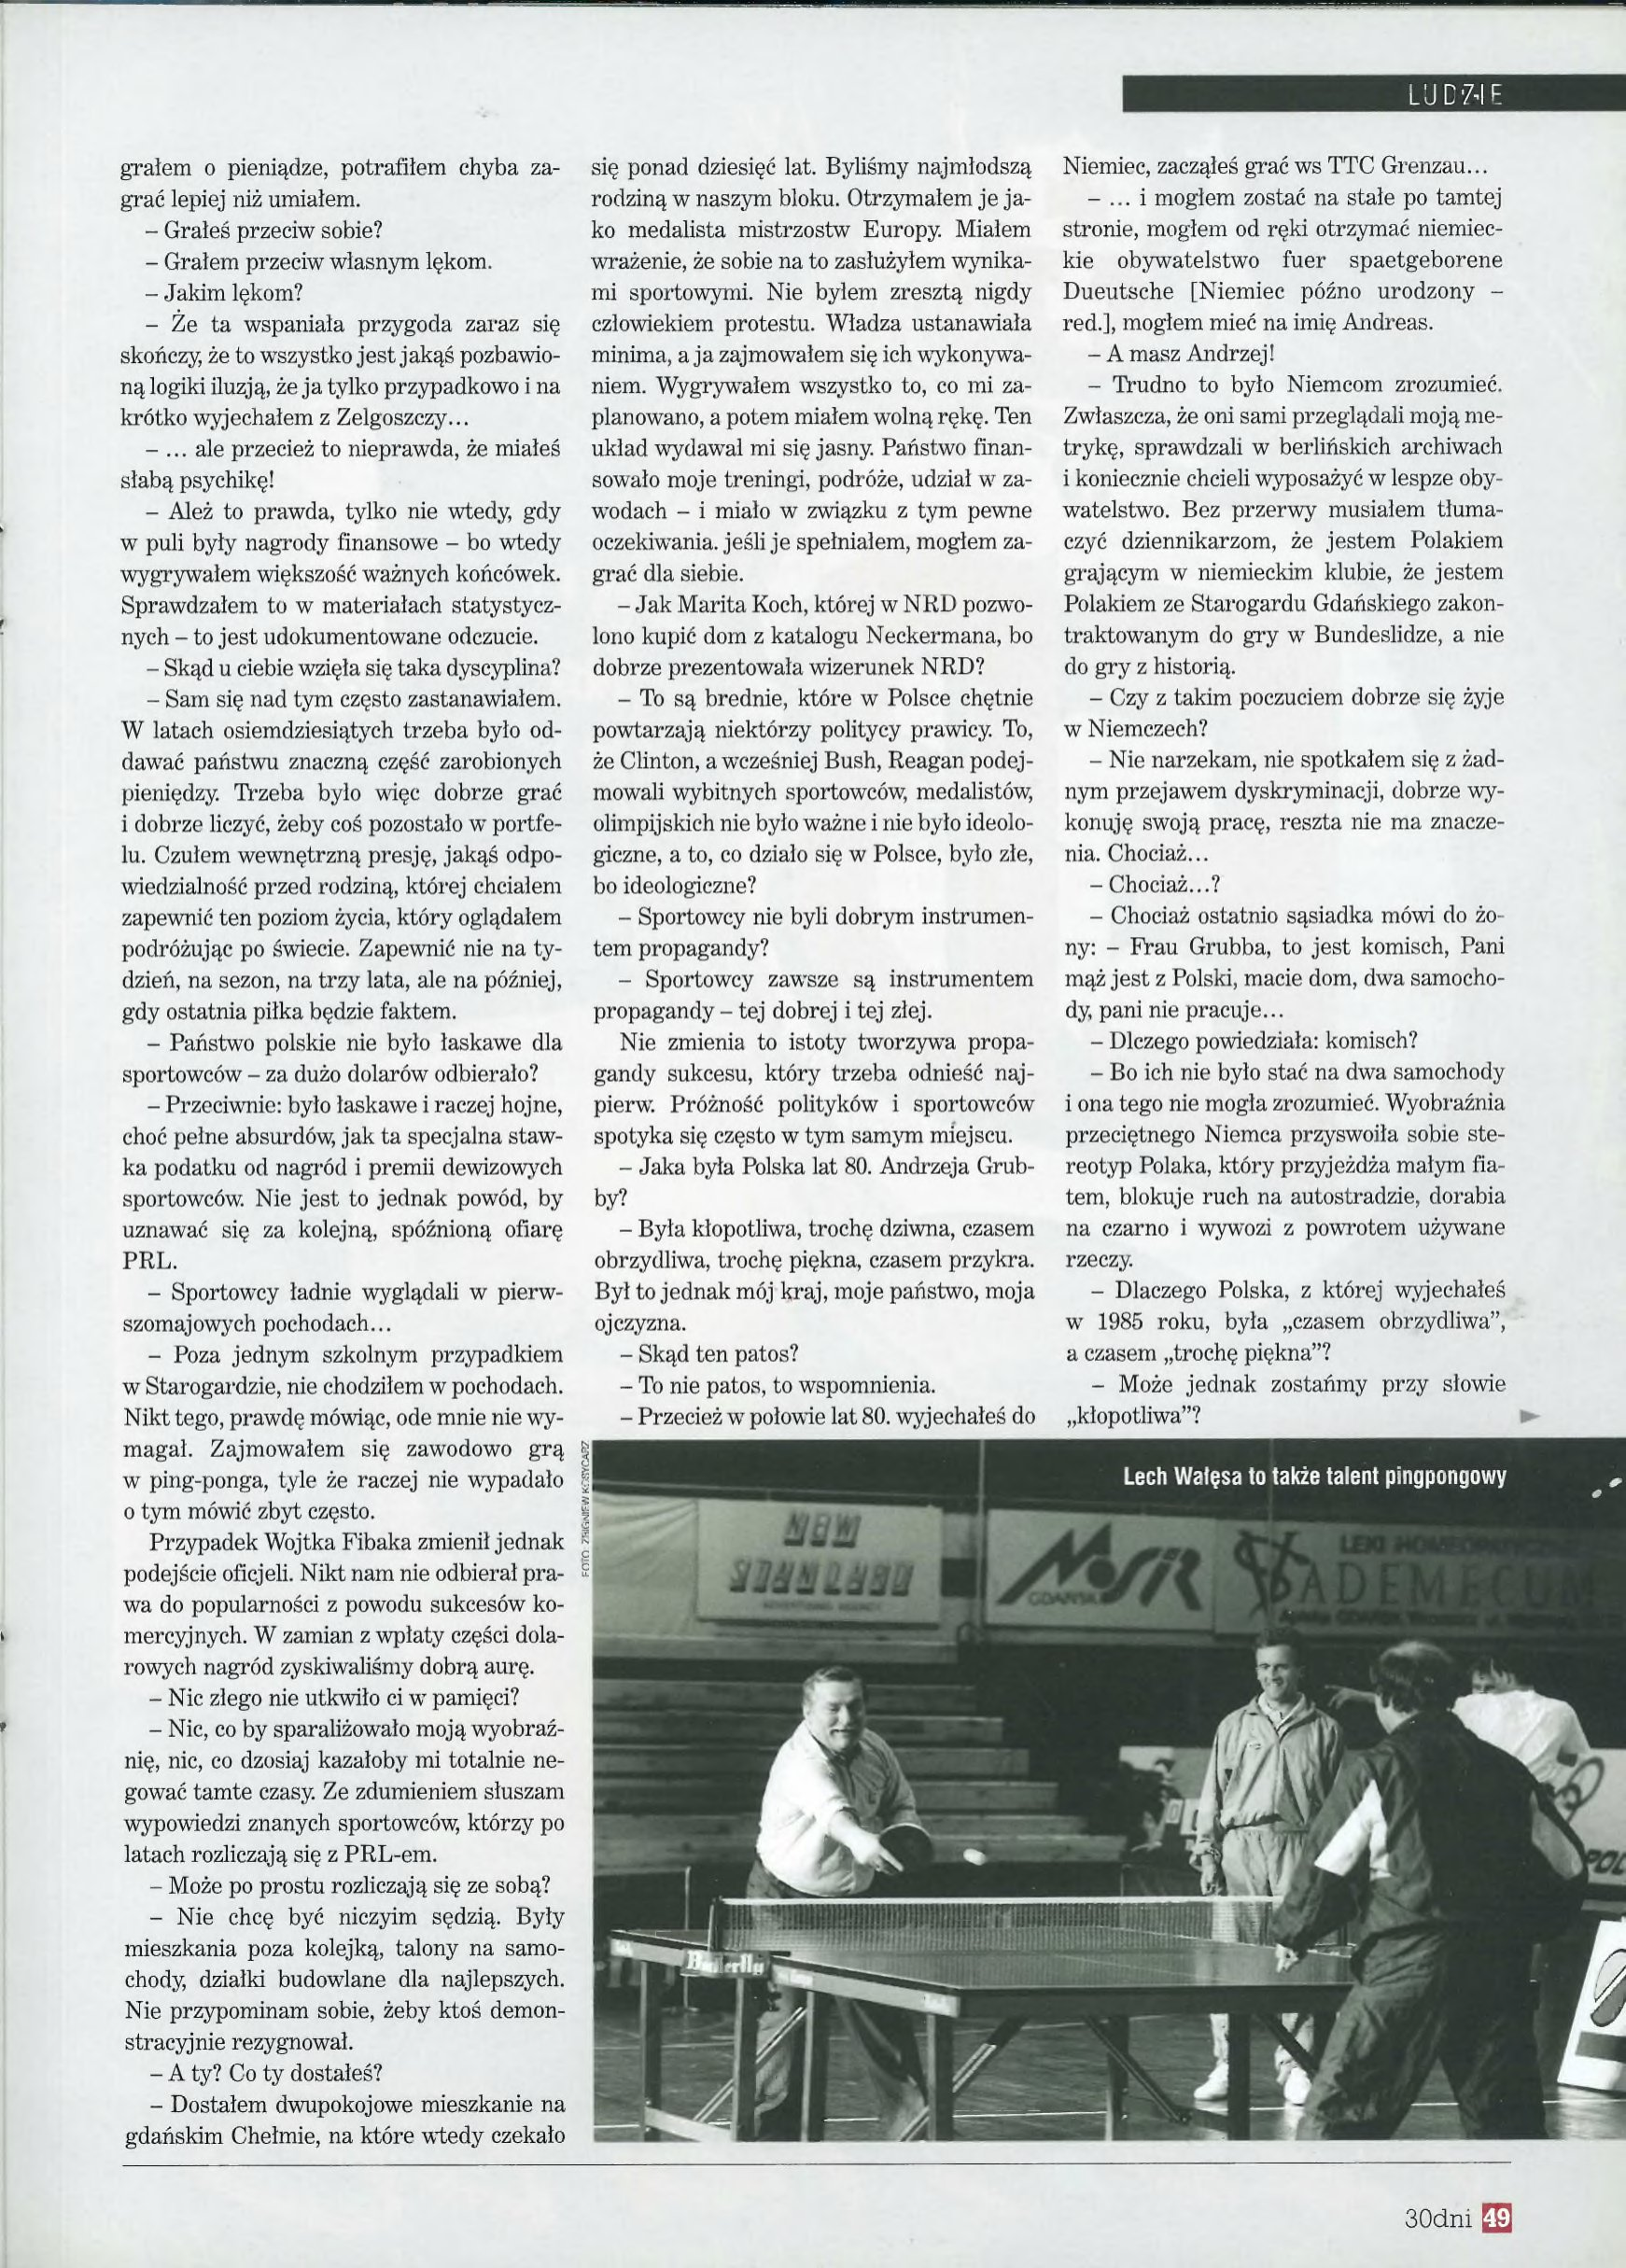
Language: pl